Plague in India, 1896, 1897 - Volume 2
Year: 1896
Disease focus: Plague
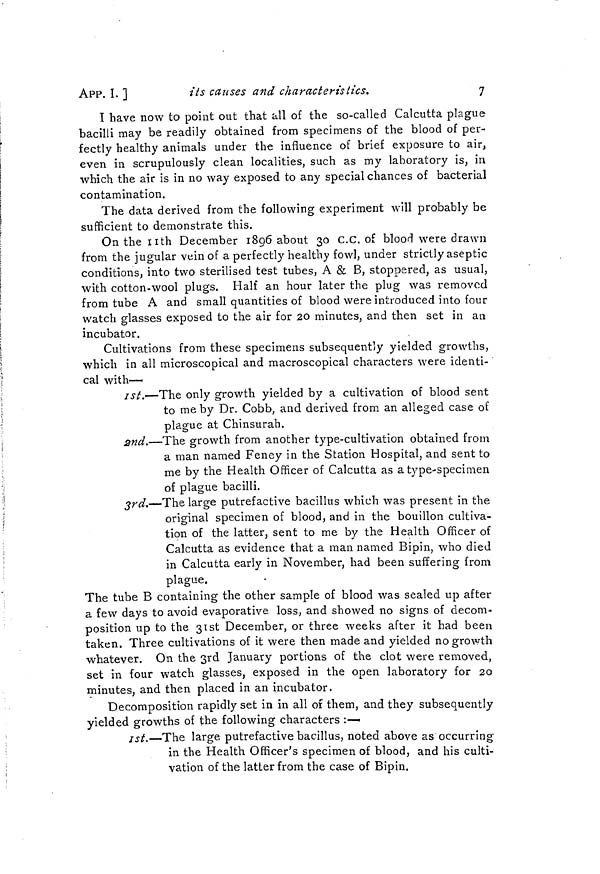
7
APP. I. ]
its causes and characteristics.
I have now to point out that all of the so-called Calcutta plague
bacilli may be readily obtained from specimens of the blood of per-
fectly healthy animals under the influence of brief exposure to air,
even in scrupulously clean localities, such as my laboratory is, in
which the air is in no way exposed to any special chances of bacterial
contamination.
The data derived from the following experiment will probably be
sufficient to demonstrate this.
On the nth December 1896 about 30 C.C. of blood were drawn
from the jugular vein of a perfectly healthy fowl, under strictly aseptic
conditions, into two sterilised test tubes, A & B, stoppered, as usual,
with cotton-wool plugs. Half an hour later the plug was removed
from tube A and small quantities of blood were introduced into four
watch glasses exposed to the air for 20 minutes, and then set in an
incubator.
Cultivations from these specimens subsequently yielded growths,
which in all microscopical and macroscopical characters were identi-
cal with—
1st.— The only growth yielded by a cultivation of blood sent
to me by Dr. Cobb, and derived from an alleged case of
plague at Chinsurah.
2nd.—The growth from another type-cultivation obtained from
a man named Feney in the Station Hospital, and sent to
me by the Health Officer of Calcutta as a type-specimen
of plague bacilli.
3rd.—The large putrefactive bacillus which was present in the
original specimen of blood, and in the bouillon cultiva-
tion of the latter, sent to me by the Health Officer of
Calcutta as evidence that a man named Bipin, who died
in Calcutta early in November, had been suffering from
plague.
The tube B containing the other sample of blood was sealed up after
a few days to avoid evaporative loss, and showed no signs of decom-
position up to the 31st December, or three weeks after it had been
taken. Three cultivations of it were then made and yielded no growth
whatever. On the 3rd January portions of the clot were removed,
set in four watch glasses, exposed in the open laboratory for 20
minutes, and then placed in an incubator.
Decomposition rapidly set in in all of them, and they subsequently
yielded growths of the following characters :—
1st.—The large putrefactive bacillus, noted above as occurring
in the Health Officer's specimen of blood, and his culti-
vation of the latter from the case of Bipin.